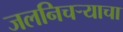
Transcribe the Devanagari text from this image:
जलनिचऱ्याचा